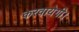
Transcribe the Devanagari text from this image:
करवायेगी।